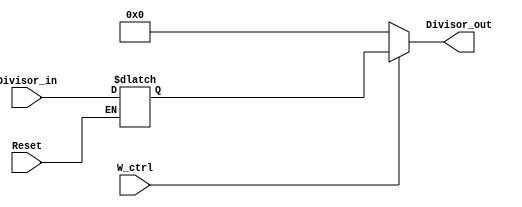
module Divisor (
    input [31:0]Divisor_in,
    input Reset,
    input W_ctrl,
    output [31:0]Divisor_out
);
reg [31:0]Divisor_temp;
always@(Divisor_in)begin
    if(Reset)Divisor_temp = Divisor_in;
end
assign Divisor_out = (W_ctrl == 1)? Divisor_temp: 0;
endmodule